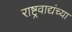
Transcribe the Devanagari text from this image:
राष्ट्रवाद्यंच्या